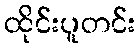
ထိုင်းပူတင်း